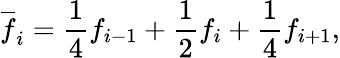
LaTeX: \overline{{f}}_{i}=\frac{1}{4}f_{i-1}+\frac{1}{2}f_{i}+\frac{1}{4}f_{i+1},